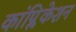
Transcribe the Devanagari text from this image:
कांप्लिकेशन